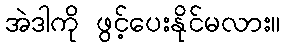
အဲဒါကို ဖွင့်ပေးနိုင်မလား။